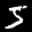
Label: 5